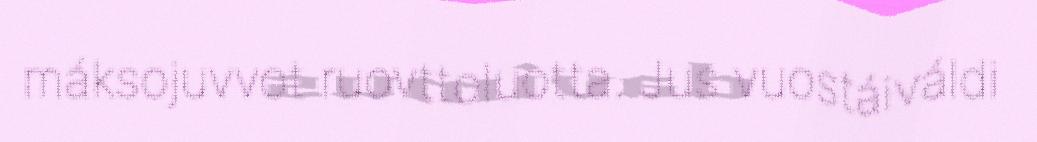
máksojuvvot ruovttoluotta. Jus vuostáiváldi